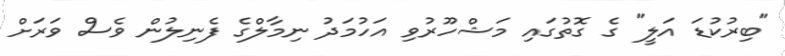
"ބިރުކުޑަ އަލީ" ގެ ގޮތުގައި މަޝްހޫރުވި އަހުމަދު ނިމާލްގެ ފެނިލުން ވެސް ވަރަށް